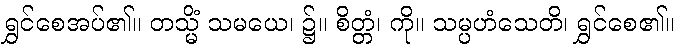
ရွှင်စေအပ်၏။ တသ္မိံ သမယေ၊ ၌။ စိတ္တံ၊ ကို။ သမ္ပဟံသေတိ၊ ရွှင်စေ၏။